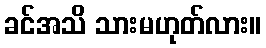
ခင်အသိ သားမဟုတ်လား။